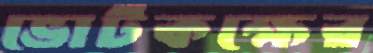
ভোটকক্ষের